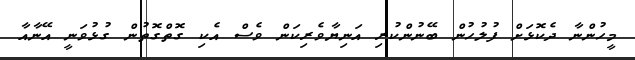
މީހުންނާ ދެކޮޅަށް ފުލުހުން ބޭނުންކުރި އަނިޔާވެރިކަން ވެސް އެކި ގޮތްގޮތުން ގުޅުވަނީ އޭނާއާ